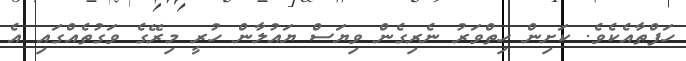
ހަފްތާއެކެވެ. ކަށިން ހިތްވަރު ނެރިގެން ވިޔަސް ޔައުލާން ހުރީ މިރޭގެ ވަގުތެއްގައި އެ